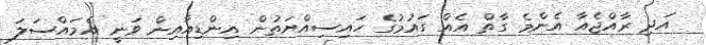
އަދި ރާއްޖެއާ އެންމެ ގާތް އެއް ގައުމުގެ ހައިސިއްޔަތުން އިންޑިއާއިން ވަނީ އެމައްސަލަ